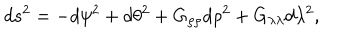
d s ^ { 2 } = - d \psi ^ { 2 } + d \theta ^ { 2 } + G _ { \rho \rho } d \rho ^ { 2 } + G _ { \lambda \lambda } d \lambda ^ { 2 } , \nonumber